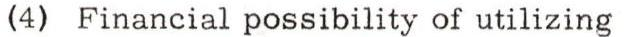
(4) Financial possibility of utilizing